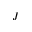
J